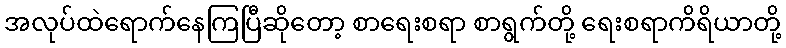
အလုပ်ထဲရောက်နေကြပြီဆိုတော့ စာရေးစရာ စာရွက်တို့ ရေးစရာကိရိယာတို့